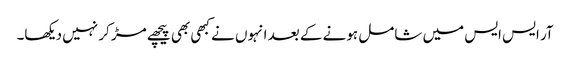
آر ایس ایس میں شامل ہونے کے بعد انہوں نے کبھی بھی پیچھے مڑ کر نہیں دیکھا۔